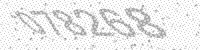
Solution: 078268